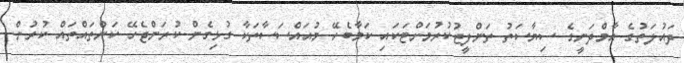
ދައުލަތުގެ އާމްދަނީގެ ސިޔާސަތު ތަންފީޒުކުރުމަށްޓަކައި ކަމާބެހޭ މުއައްސަސާތަކާ ގުޅިގެން ކުރަންޖެހޭ ކަންތައްތައް ކުރުން.